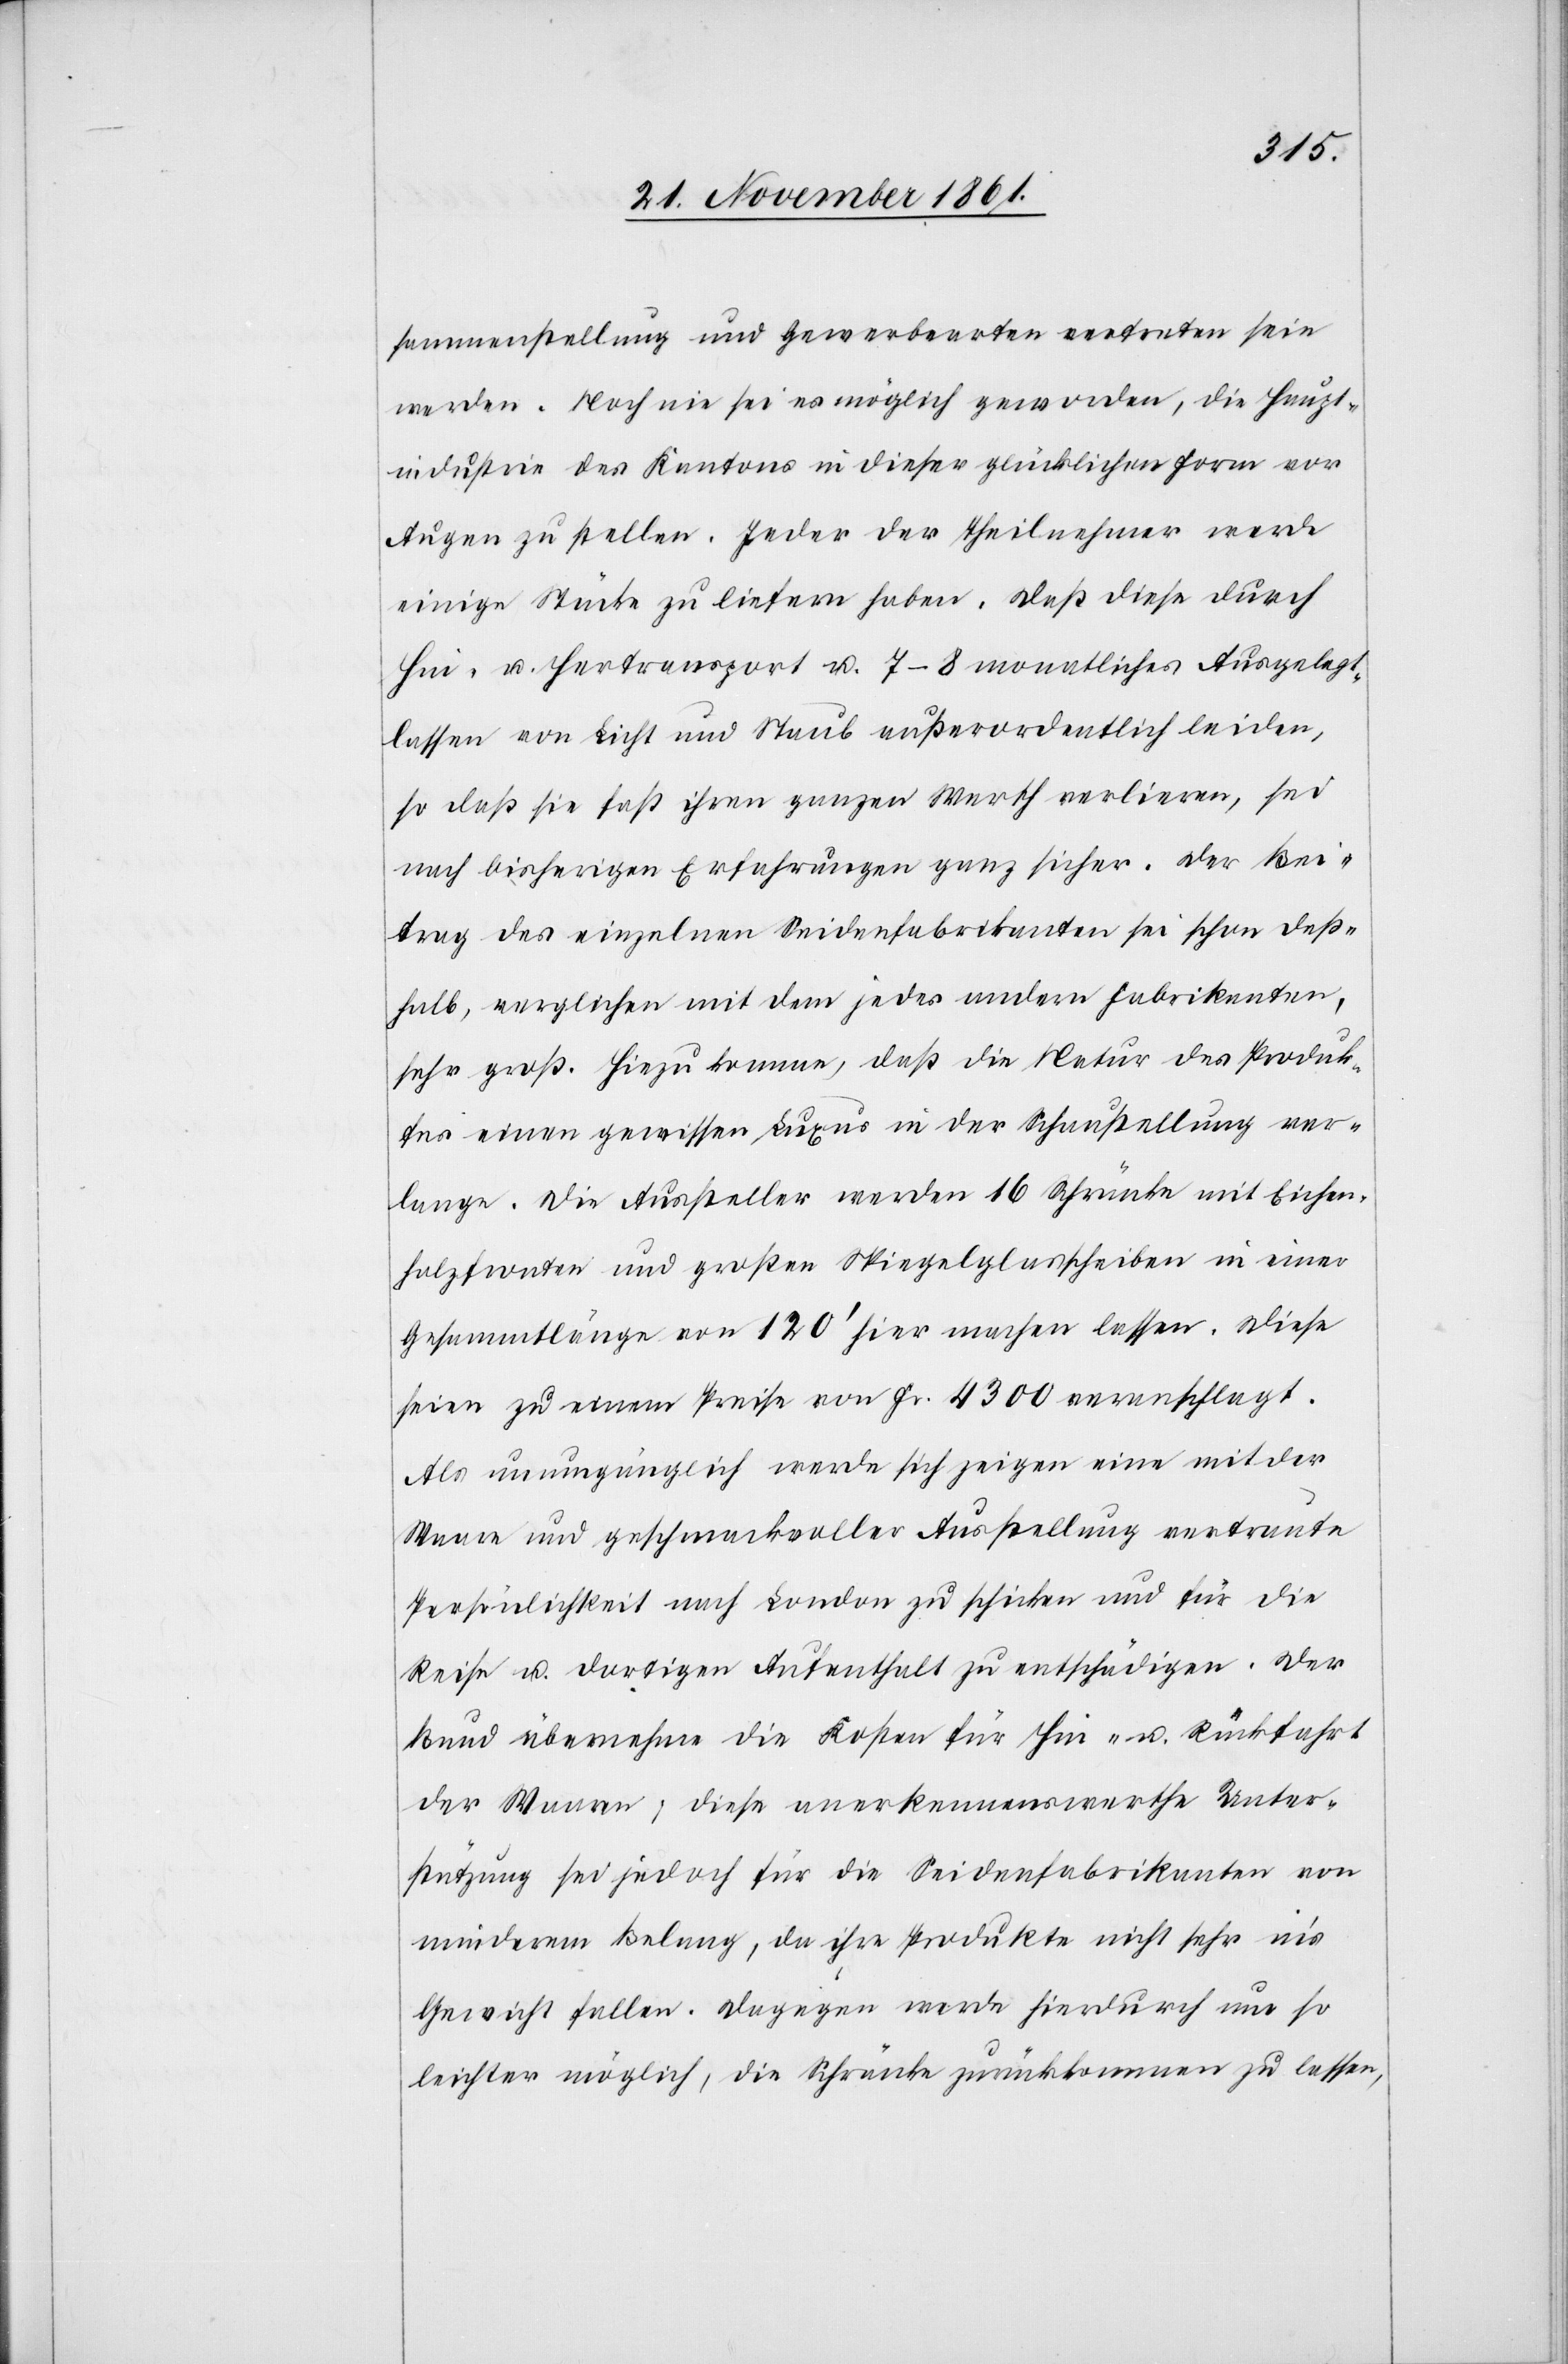
sammenstellung und Gewerbearten vertreten sein
werden. Noch nie sei es möglich geworden, die Haupt¬
industrie des Kantons in dieser glücklichen Form vor
Augen zu stellen. Jeder der Theilnehmer werde
einige Stücke zu liefern haben. Daß diese durch
Hin- u. Hertransport u. 7–8 monatliches Ausgelegt¬
lassen von Licht und Staub außerordentlich leiden,
so daß sie fast ihren ganzen Werth verlieren, sei
nach bisherigen Erfahrungen ganz sicher. Der Bei¬
trag des einzelnen Seidenfabrikanten sei schon deß¬
halb, verglichen mit dem jedes andern Fabrikanten,
sehr groß. Hinzu komme, daß die Natur des Produk¬
tes einen gewissen Luxus in der Schaustellung ver¬
lange. Die Aussteller werden 16 Schränke mit Eichen¬
holzfronten und großen Spiegelglasscheiben in einer
Gesammtlänge von 120’ hier machen lassen. Diese
seien zu einem Preise von Fr. 4300 veranschlagt.
Als unumgänglich werde sich zeigen eine mit der
Waare und geschmackvoller Ausstellung vertraute
Persönlichkeit nach London zu schicken und für die
Reise u. dortigen Aufenthalt zu entschädigen. Der
Bund übernehme die Kosten für Hin- u. Rückfahrt
der Waaren; diese anerkennenswerthe Unter¬
stützung sei jedoch für die Seidenfabrikanten von
minderem Belang, da ihre Produkte nicht sehr in’s
Gewicht fallen. Dagegen werde hiedurch um so
leichter möglich, die Schränke zurückkommen zu lassen,